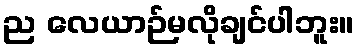
ည လေယာဉ်မလိုချင်ပါဘူး။